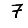
Digit: 7